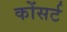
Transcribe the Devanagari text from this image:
कोंसर्ट